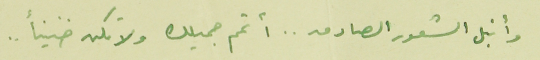
وأنبل الشعور الصادق .. أتمم جميلك ولا تكن ضنيناً ..